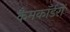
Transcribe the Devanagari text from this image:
कैमकॉर्डरों